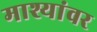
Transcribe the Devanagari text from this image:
माश्यांवर